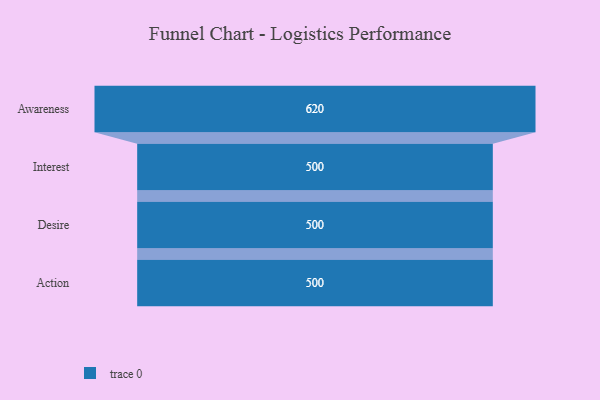
{"axis": {"x": "Stage", "y": "Value"}, "legend": [""], "data": [{"x": "Awareness", "y": 620.0, "type": ""}, {"x": "Interest", "y": 500, "type": ""}, {"x": "Desire", "y": 500, "type": ""}, {"x": "Action", "y": 500, "type": ""}]}